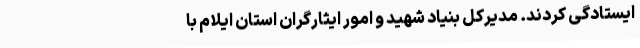
ایستادگی کردند. مدیرکل بنیاد شهید و امور ایثارگران استان ایلام با